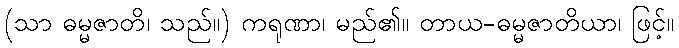
(သာ ဓမ္မဇာတိ၊ သည်။) ကရုဏာ၊ မည်၏။ တာယ-ဓမ္မဇာတိယာ၊ ဖြင့်။